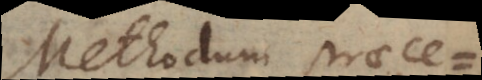
Methodum praecedentem